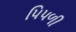
પિપળી